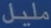
مليئر